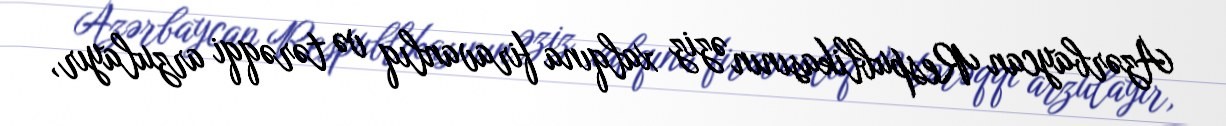
Azərbaycan Respublikasının əziz xalqına firavanlıq və tərəqqi arzulayır,